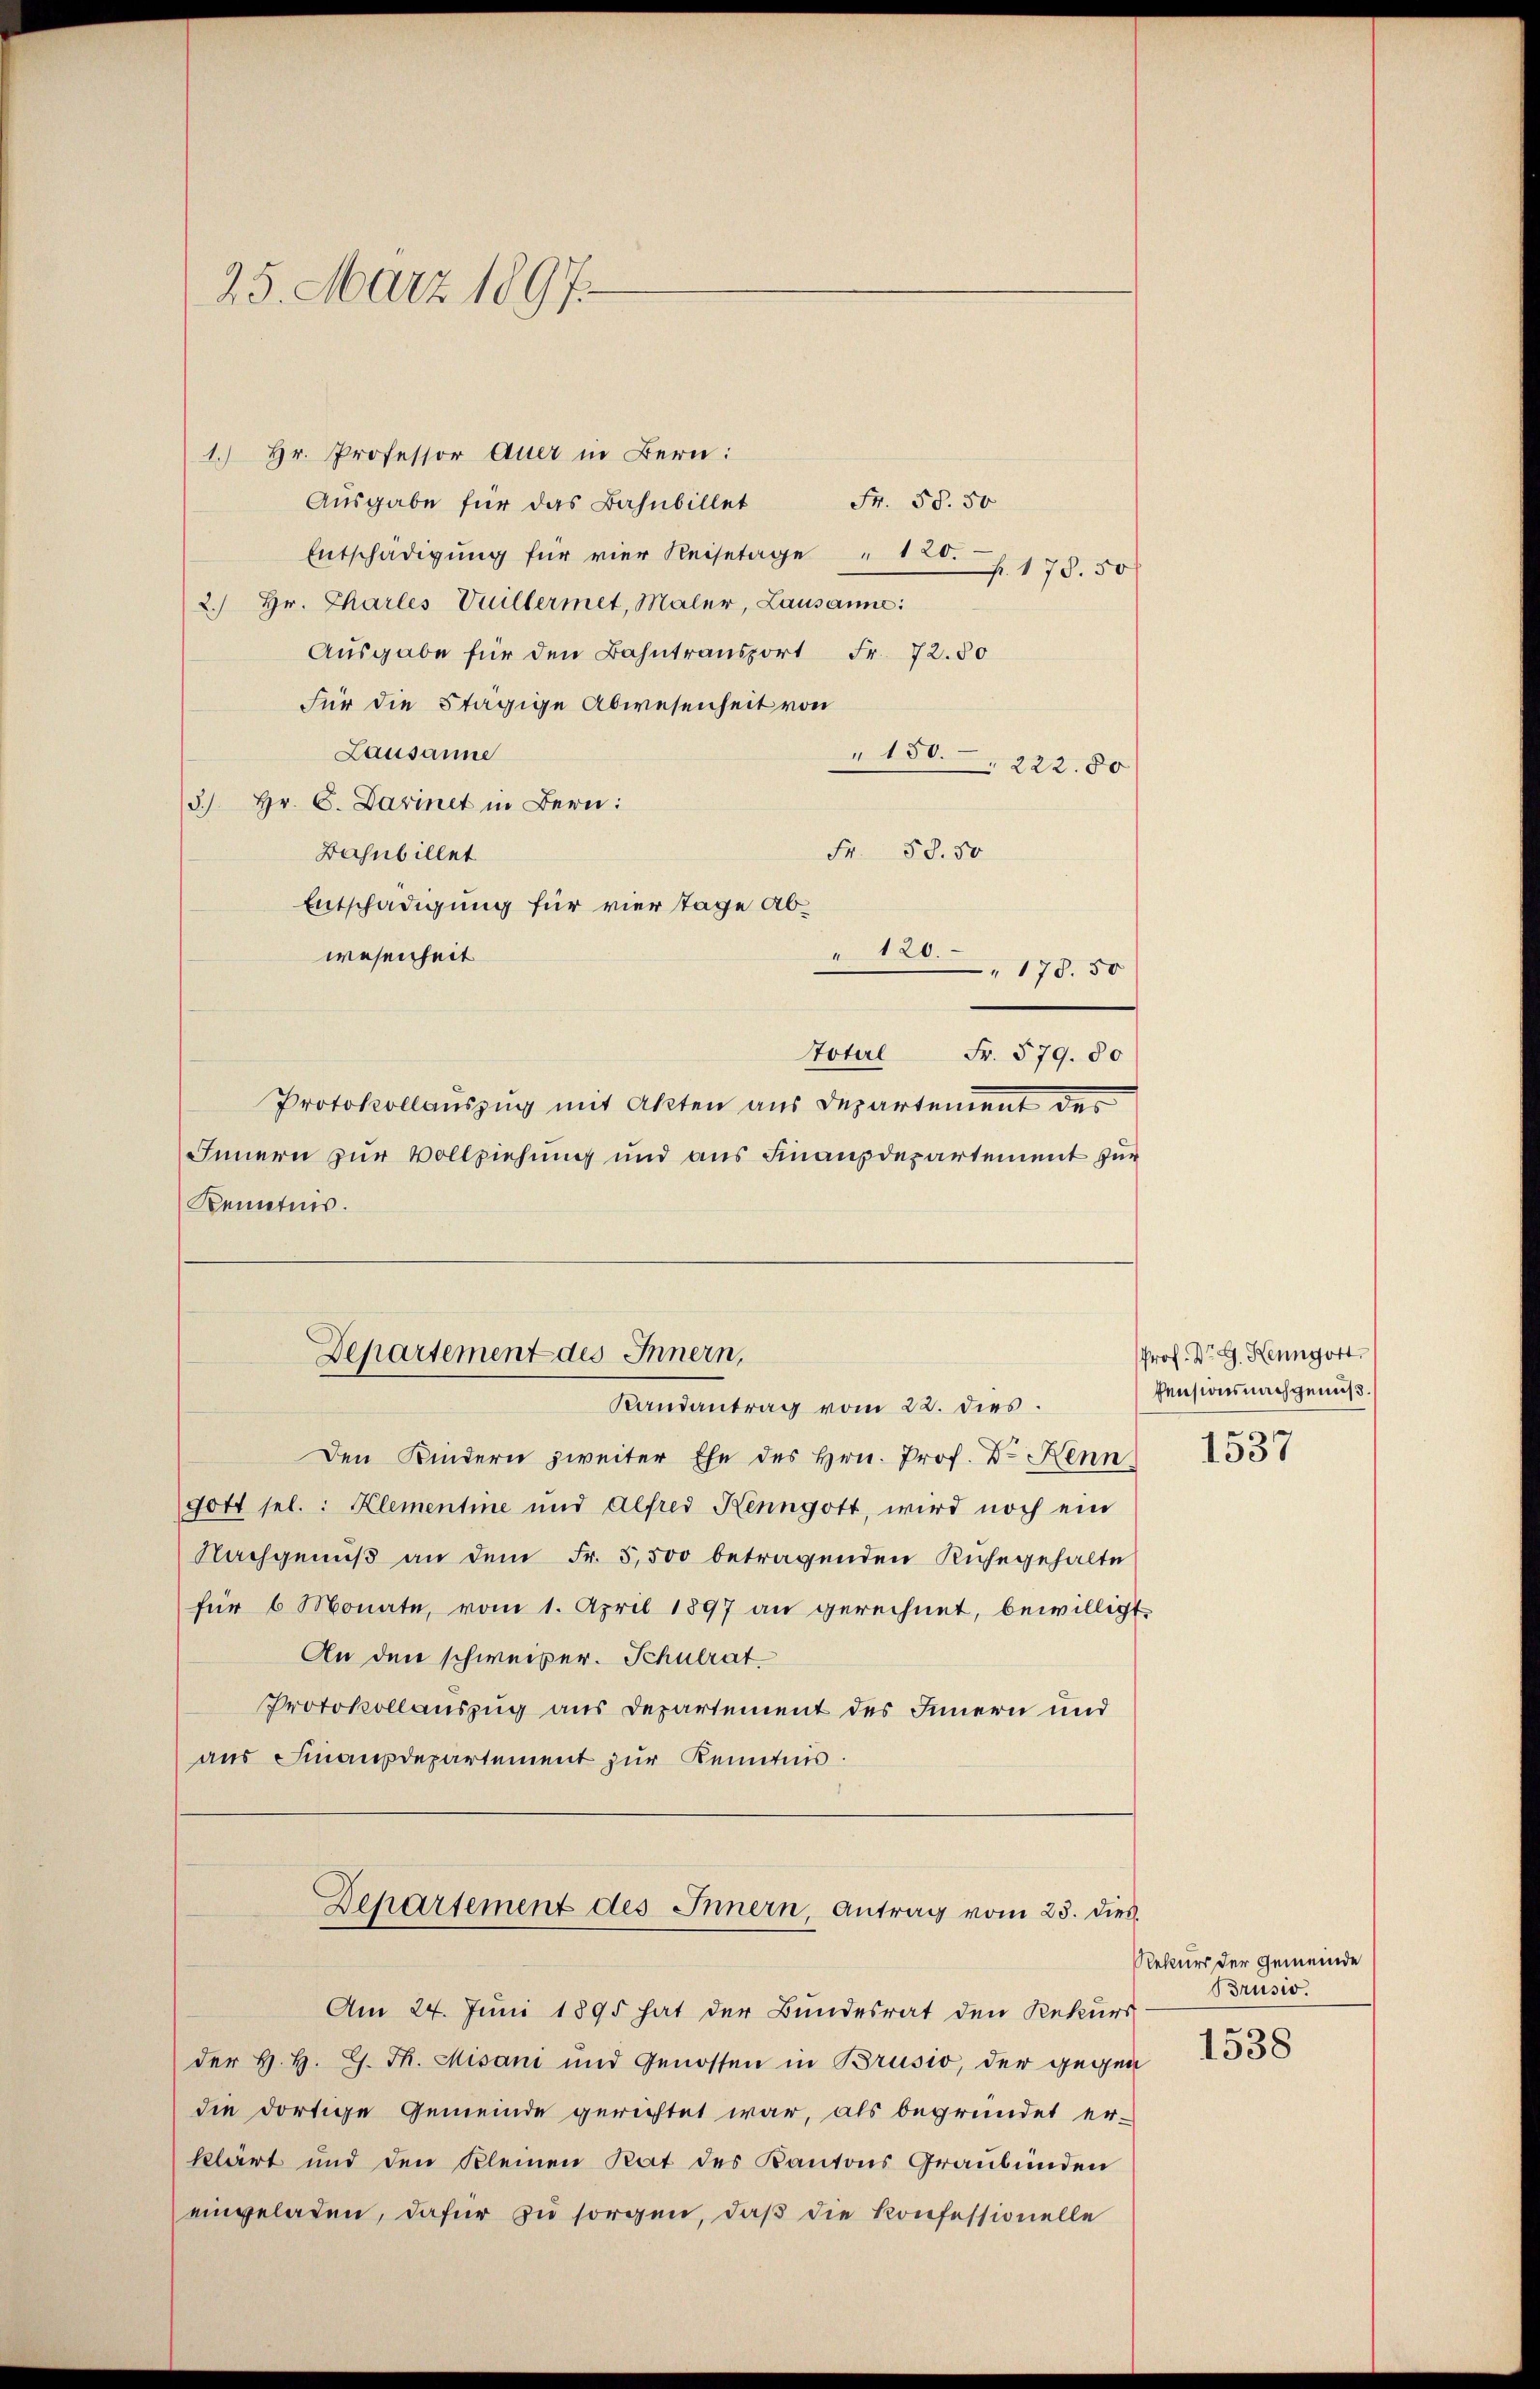
25. März 1897.

1.) Hr. Professor Quer in Bern:
Fr. 58. 50
Ausgabe für das Bahnbillet
Entschädigŭng für vier Reisetage " 125. 178. 50
2.) Hr. Charles Vuillermet, Maler, Lausanne:
Ausgabe für den Bahntransport Fr. 72. 80
Für die Stägige Abwesenheit von
Lausanne
150. 222. 80
5.) Hr. C. Darinet in Bern:
Fr. 58. 50
Bahnbillet
Entschädigung für vier Tage Abwesenheit
" 120 " 178. 50
Protokollauszug mit Akten aus Departement des
Innern zur Vollziehung und aus Finanzdepartement zur
Kenntnis.
Departement des Innern,
Randantrag vom 22. dies.
Den Kindern zweiter Ehe des Hrn. Prof. Dr Kenn
Gott sel.: Klementie und Alfred Henngott, wird noch ein
Nachgenuß an dem Fr. 5,500 betragenden Ruhegehalte
für 6 Monate, vom 1. April 1897 an gerechnet, bewilligt
An den schweizer. Schulrat
Protokollauszug aus Departement des Innern und
aus Finanzdepartement zur Kenntnis
Dehartement des Innern, Antrag vom 23. dies
Am 24. Juni 1895 hat der Bundesrat den Rekurs
der H. H. G. Th. Misani und Genossen in Brusio, der gegen
die dortige Gemeinde gerichtet war, als begründet er-
klärt und den kleinen Rat des Kantons Graubünden
eingeladen, dafür zu sorgen, daß die Konfessionelle

otel Fr. 579. 80

Prof. Dr. G. Hengott
Pensionsnachgenuß.

1537

Rekurs der Gemeinde
Brusio.

1538